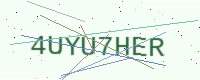
Text: 4UYU7HER